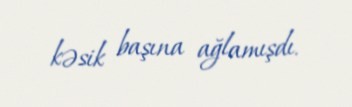
kəsik başına ağlamışdı.